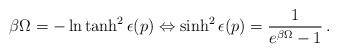
\begin{align*} \beta\Omega = - \ln\tanh^2\epsilon (p) \Leftrightarrow \sinh^2\epsilon (p)= \frac{1}{e^{\beta\Omega}-1}\,{.}\end{align*}